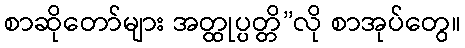
စာဆိုတော်များ အတ္ထုပ္ပတ္တိ”လို စာအုပ်တွေ။